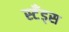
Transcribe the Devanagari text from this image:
स्टँड्स